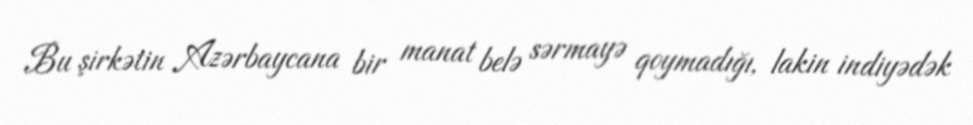
Bu şirkətin Azərbaycana bir manat belə sərmayə qoymadığı, lakin indiyədək